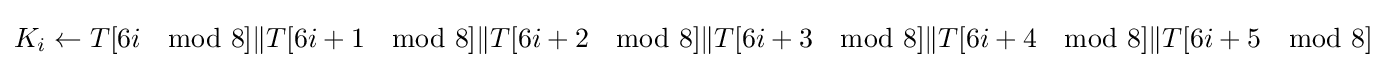
K_{i}\leftarrow T[6i\mod 8]\|T[6i+1\mod 8]\|T[6i+2\mod 8]\|T[6i+3\mod 8]\|T[6i+4\mod 8]\|T[6i+5\mod 8]